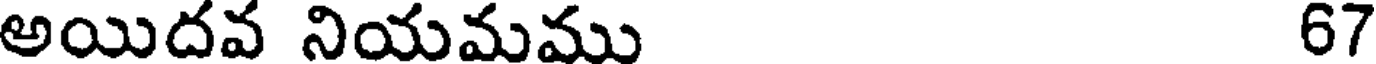
అయిదవ నియమము 67